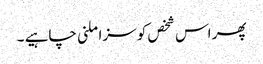
پھر اس شخص کو سزا ملنی چاہیے ۔